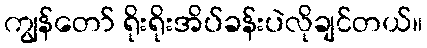
ကျွန်တော် ရိုးရိုးအိပ်ခန်းပဲလိုချင်တယ်။